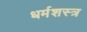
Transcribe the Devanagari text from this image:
धर्मशस्त्र